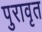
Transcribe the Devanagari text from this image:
पुरावृत